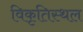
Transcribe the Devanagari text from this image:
विकृतिस्थल